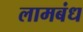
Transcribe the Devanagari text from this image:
लामबंध